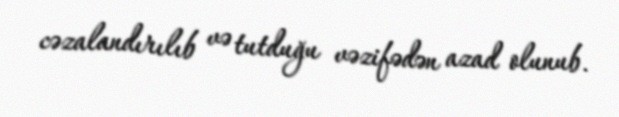
cəzalandırılıb və tutduğu vəzifədən azad olunub.